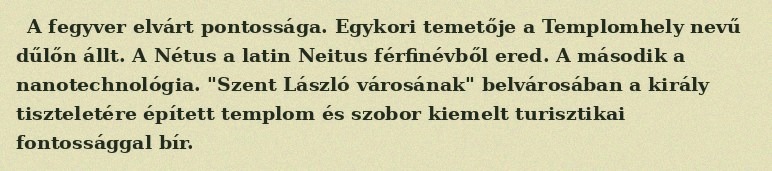
A fegyver elvárt pontossága. Egykori temetője a Templomhely nevű dűlőn állt. A Nétus a latin Neitus férfinévből ered. A második a nanotechnológia. "Szent László városának" belvárosában a király tiszteletére épített templom és szobor kiemelt turisztikai fontossággal bír.